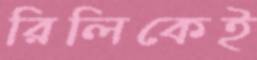
রিলিকেই